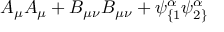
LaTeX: A _ { \mu } A _ { \mu } + B _ { \mu \nu } B _ { \mu \nu } + \psi _ { \{ 1 } ^ { \alpha } \psi _ { 2 \} } ^ { \alpha }